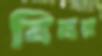
বিষয়